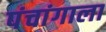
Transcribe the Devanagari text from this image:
पंचांगाला